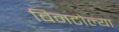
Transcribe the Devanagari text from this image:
बिनटोल्या